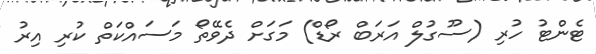
ޓެންޓު ހުރި (ސޫގުލް އަރަބް ރޯޑް) މަގަށް ދެވޭތޯ މަސައްކަތް ކުރި އިރު